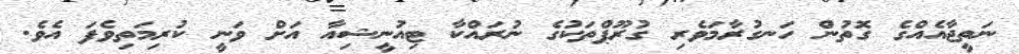
ނަތީޖާއެއްގެ ގޮތުން ހަނގުރާމަވެރި ގުރޫޕްތަކުގެ ނުރައްކާ ޓިއުނީޝިއާ އަށް ވަނީ ކުރިމަތިވެފަ އެވެ.